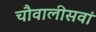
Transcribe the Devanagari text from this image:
चौवालीसवां